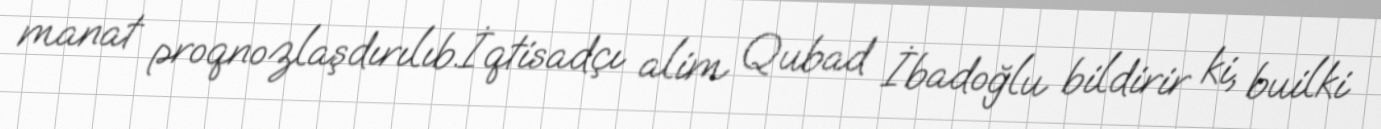
manat proqnozlaşdırılıb.İqtisadçı alim Qubad İbadoğlu bildirir ki, builki